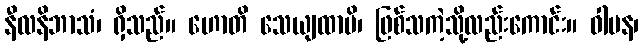
နီလနိဘာသံ၊ ရှိသည်။ ဟောတိ သေယျထာပိ၊ ဖြစ်သကဲ့သို့လည်းကောင်း။ ဝါပန၊